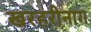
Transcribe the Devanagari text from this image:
खरहरीनाग